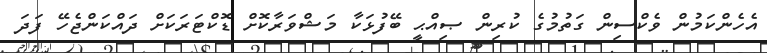
އެހެންކަމުން ވެކްސިން ގަތުމުގެ ކުރިން ޞިއްޙީ ބޭފުޅަކާ މަޝްވަރާކޮށް ޑޮކްޓަރަކަށް ދައްކަންޖެހޭ ފަދަ